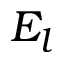
E _ { l }